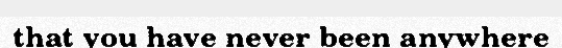
that you have never been anywhere